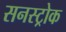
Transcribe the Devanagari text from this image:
सनस्ट्रोक